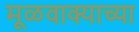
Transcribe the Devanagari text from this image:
मूळवाक्याच्या